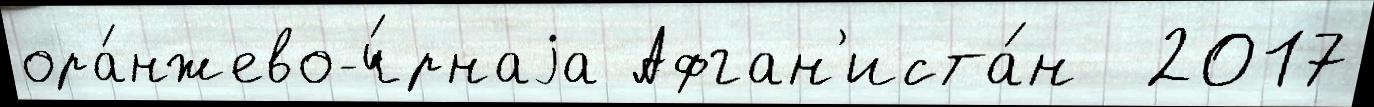
ора́нжево-ч́рнаjа Афган'иста́н  2017